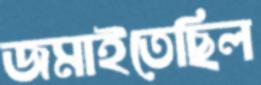
জমাইতেছিল